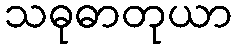
သဓုဓာတုယာ